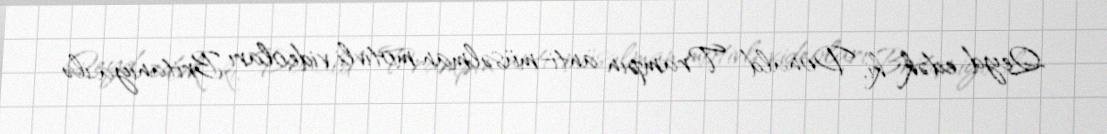
Qeyd edək ki, Donald Trampın anti-müsəlman motivli videoları Britaniya ilə